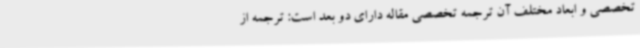
تخصصی و ابعاد مختلف آن ترجمه تخصصی مقاله دارای دو بعد است: ترجمه از